Triigi_(Aleksandri)_vallavalitsus_Harjumaal, lk 14
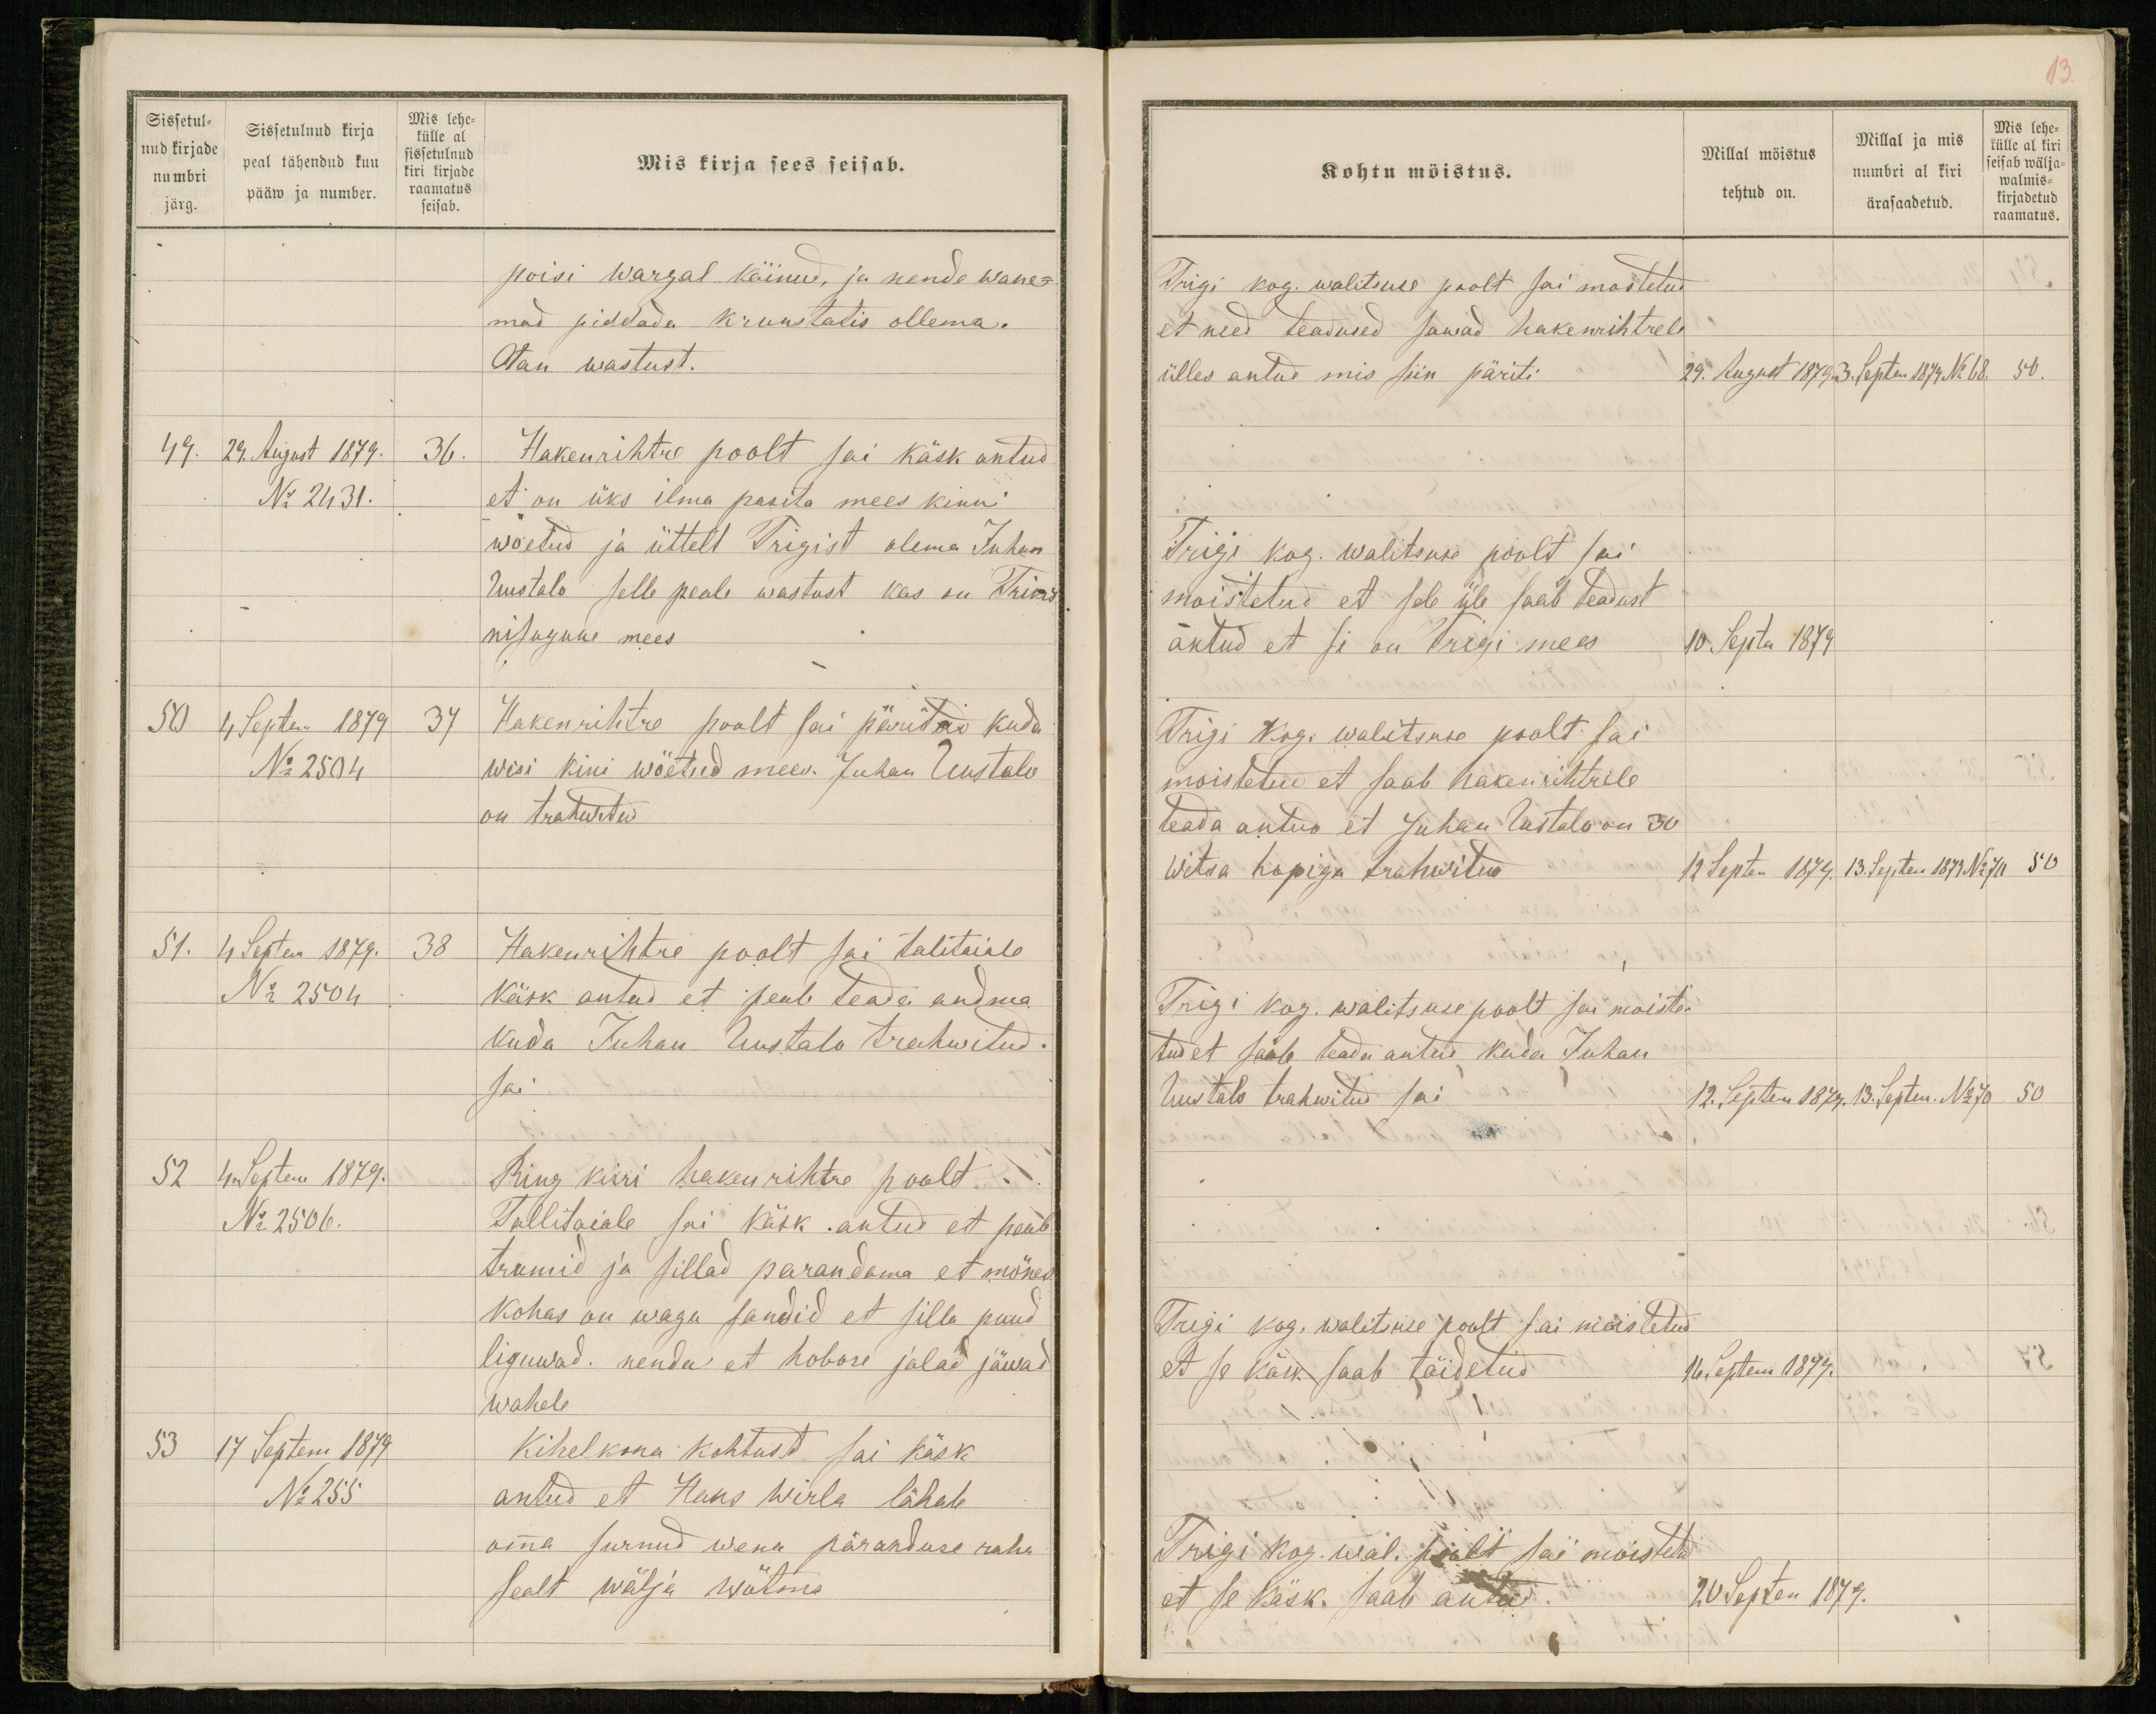
Sissetul-
nud kirjade
numbri
järg.
Sissetulnud kirja
peal tähendud kuu
pääw ja number.
Mis lehe-
külle al
sissetulnud
kiri kirjade
raamatus
seisab.
Mis kirja sees seisab.
poisi wargal käinud, ja nende wane-
mad piddada Krunstatis ollema.
Otan wastust.
49. 29. August 1879. 36.
Hakenrihtre poolt sai käsk antud
No 2431.
et on üks ilma pasita mees kinni
wöetud ja üttelt Trigist olema Juhan
Uustalo selle peale wastust kas on Trikis
nisugune mees.
50 4 Septem 1879 37
Hakenrihtre poolt sai päritud kuda
No 2504
wisi kini wöetud mees Juhan Uustalo
on trahwitud
51. 4 Septem 1879. 38
Hakenrihtre poolt sai talitaiale
No 2504
käsk antud et peab teada andma
kuda Juhan Uustalo trahwitud
sai
52 4 Septem 1879.
Ring kiri hakenrihtre poolt
No 2506.
Tallitaiale sai käsk antud et peab
trumid ja sillad parandama et mönes
kohas on waga sandid et silla puud
liguwad. nenda et hobose jalad jäwad
wahele
53 17 Septem 1879
Kihelkona kohtust sai käsk
No 255
antud et Hans Wirla lähab
omma surnud wena päranduse raha
sealt wälja wõtma

13
Kohtu möistus.
Millal möistus
tehtud on.
Millal ja mis
numbri al kiri
ärasaadetud.
Mis lehe-
külle al kiri
seisab wälja-
walmis-
kirjadetud
raamatus.
Trigi kog. walitsuse poolt sai mostetud
et need teadused sawad hakenrihtrele
ülles antud mis siin päriti
29. August 1879. 3. Septen 1879 No 68 50.
Trigi kog. walitsuse poolt sai
moistetud et sele üle saab teadust
antud et se on Trigi mees
10 Septen1879
Trigi kog. walitsuse poolt sai
moistetud et saab hakenrihtrele
teada antud et Juhan Uustalo on 30
witsa hopiga trahwitud
12 Septen 1879. 13. Septen 1879 No 70 50
Trigi kog. walitsuse poolt sai moiste-
tud et saab teada antud kuda Juhan
Uustalo trahwitud sai
12. Septem 1879. 13. Septen. No 70 50
Trigi kog. walitsuse poolt sai moistetud
et se käsk saab täidetud
16 Septem 1879.
Trigi kog. wal. poolt sai moistetud
et se käsk saab antud.
20 Septen 1879.